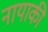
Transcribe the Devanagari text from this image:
नायाकी